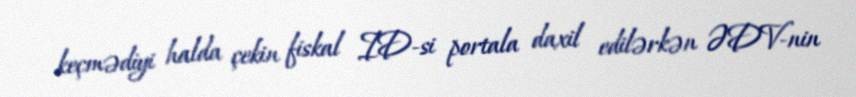
keçmədiyi halda çekin fiskal ID-si portala daxil edilərkən ƏDV-nin